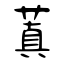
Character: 蒖